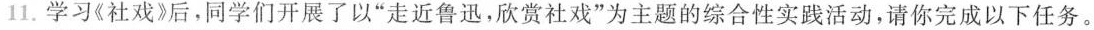
11.学习《社戏》后，同学们开展了以”走近鲁迅，欣赏社戏”为主题的综合性实践活动，请你完成以下任务。